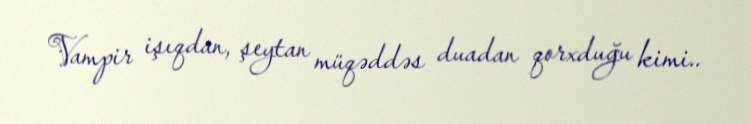
Vampir işıqdan, şeytan müqəddəs duadan qorxduğu kimi..